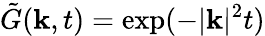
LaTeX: \tilde{G}(\mathbf{k},t)=\mathrm{exp}(-|\mathbf{k}|^{2}t)